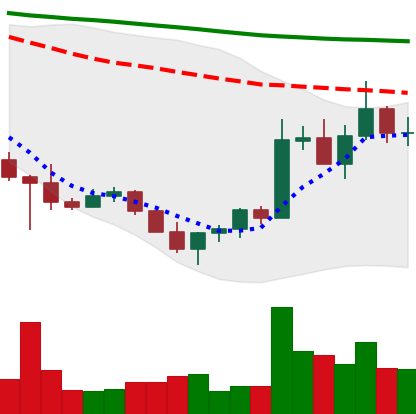
Ticker: ADA-USD
Chart end date: 2022-10-31
Forward return: 5.02%
Label: up_5_7